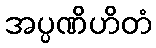
အပ္ပဏိဟိတံ